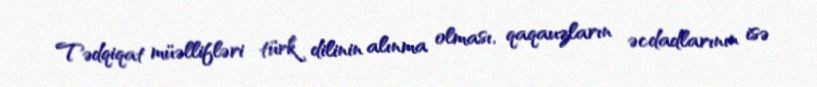
Tədqiqat müəllifləri türk dilinin alınma olması, qaqauzların əcdadlarının isə